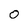
Character: O